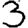
Digit: 3